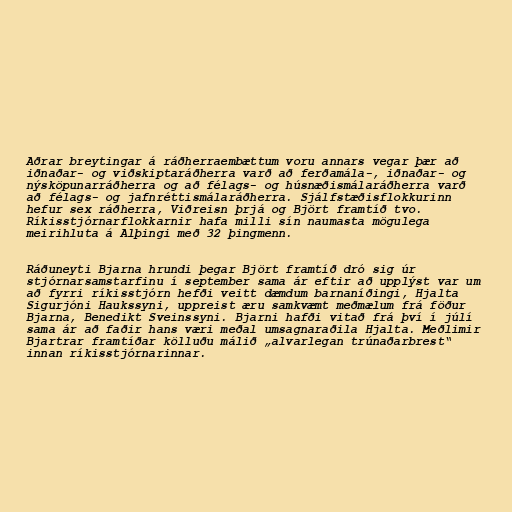
Aðrar breytingar á ráðherraembættum voru annars vegar þær að
iðnaðar- og viðskiptaráðherra varð að ferðamála-, iðnaðar- og
nýsköpunarráðherra og að félags- og húsnæðismálaráðherra varð
að félags- og jafnréttismálaráðherra. Sjálfstæðisflokkurinn
hefur sex ráðherra, Viðreisn þrjá og Björt framtíð tvo.
Ríkisstjórnarflokkarnir hafa milli sín naumasta mögulega
meirihluta á Alþingi með 32 þingmenn.

Ráðuneyti Bjarna hrundi þegar Björt framtíð dró sig úr
stjórnarsamstarfinu í september sama ár eftir að upplýst var um
að fyrri ríkisstjórn hefði veitt dæmdum barnaníðingi, Hjalta
Sigurjóni Haukssyni, uppreist æru samkvæmt meðmælum frá föður
Bjarna, Benedikt Sveinssyni. Bjarni hafði vitað frá því í júlí
sama ár að faðir hans væri meðal umsagnaraðila Hjalta. Meðlimir
Bjartrar framtíðar kölluðu málið „alvarlegan trúnaðarbrest“
innan ríkisstjórnarinnar.